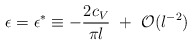
\begin{align*}\epsilon=\epsilon^{*}\equiv -{2c_V\over\pi l} ~+~{\cal O}(l^{-2})\end{align*}